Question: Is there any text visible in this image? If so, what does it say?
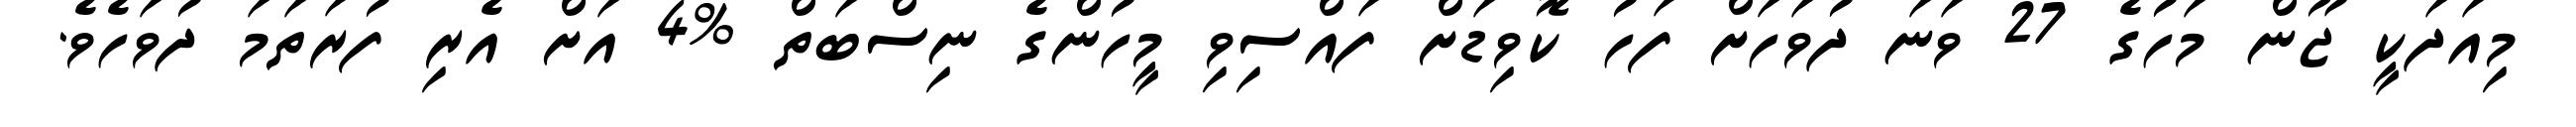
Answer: މިއަދަކީ ޖޫން މަހުގެ 27 ވަނަ ދުވަހަށް ފަހު ކޮވިޑަށް ފައްސިވި މީހުންގެ ނިސްބަތް %4 އަށް އެރި ފުރަތަމަ ދުވަހެވެ.